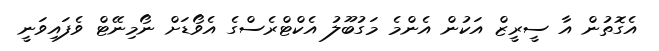
އެގޮތުން އާ ސީރީޒް އަކުން އެންމެ މަގުބޫލު އެކްޓްރެސްގެ އެވޯޑަށް ނޯމިނޭޓް ވެފައިވަނީ